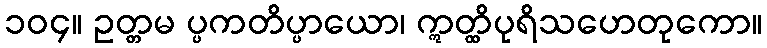
၁၀၄။ ဥတ္တမ ပ္ပကတိပ္ပာယော၊ ဣတ္ထိပုရိသဟေတုကော။